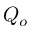
Q _ { o }